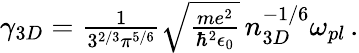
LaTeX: \begin{array}{r}{\gamma_{3D}=\frac{1}{3^{2/3}\pi^{5/6}}\sqrt{\frac{me^{2}}{\hbar^{2}\epsilon_{0}}}\, n_{3D}^{-1/6}\omega_{pl}\, .}\end{array}